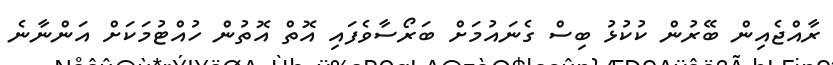
ރާއްޖެއިން ބޭރުން ކުކުޅު ބިސް ގެނައުމަށް ބަރޯސާވެފައި އޮތް އޮތުން ހުއްޓުމަކަށް އަންނާނެ